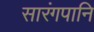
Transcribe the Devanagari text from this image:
सारंगपानि